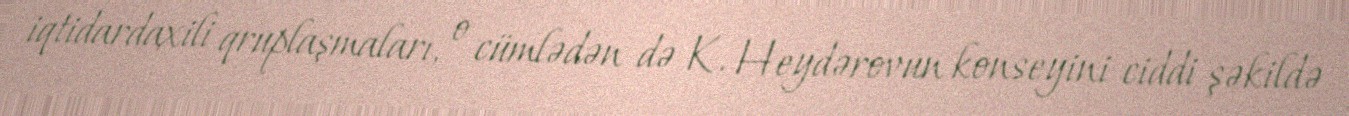
iqtidardaxili qruplaşmaları, o cümlədən də K. Heydərovun konseyini ciddi şəkildə